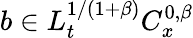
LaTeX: b\in L_{t}^{1/(1+\beta)}C_{x}^{0,\beta}